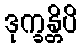
ဒုက္ခန္တိပိ